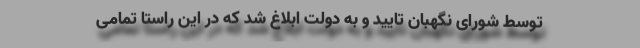
توسط شورای نگهبان تایید و به دولت ابلاغ شد که در این راستا تمامی